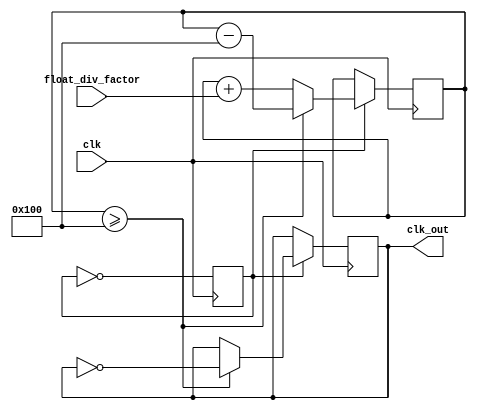
module floating_point_clock_divider (
    input clk,
    input float_div_factor,
    output reg clk_out
);

reg [7:0] counter;
reg [15:0] accumulator;
reg sync_clk;

always @(posedge clk) begin
    sync_clk <= ~sync_clk;
    
    if (sync_clk) begin
        counter <= counter + 1;
        accumulator <= accumulator + float_div_factor;
        
        if (accumulator >= 256) begin
            clk_out <= ~clk_out;
            accumulator <= accumulator - 256;
        end
    end
end

endmodule